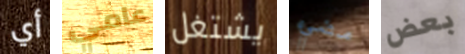
أي عامي يشتغل مضيء بعض